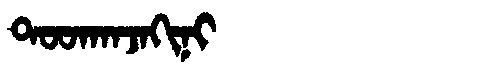
Manchu: ᡨᠣᠣᡴᠠᠨᠵᠠᡴᡳᠨᡳ
Romanization: TOOKANJAKINI